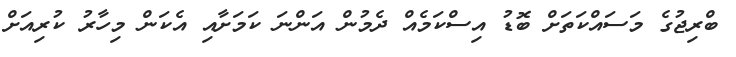
ބްރިޖުގެ މަސައްކަތަށް ބޮޑު އިސްކަމެއް ދެމުން އަންނަ ކަމަށާއި އެކަން މިހާރު ކުރިއަށް